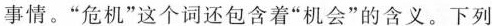
事情。”危机”这个词还包含着”机会”的含义。下列